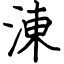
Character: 涷